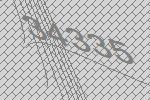
34335